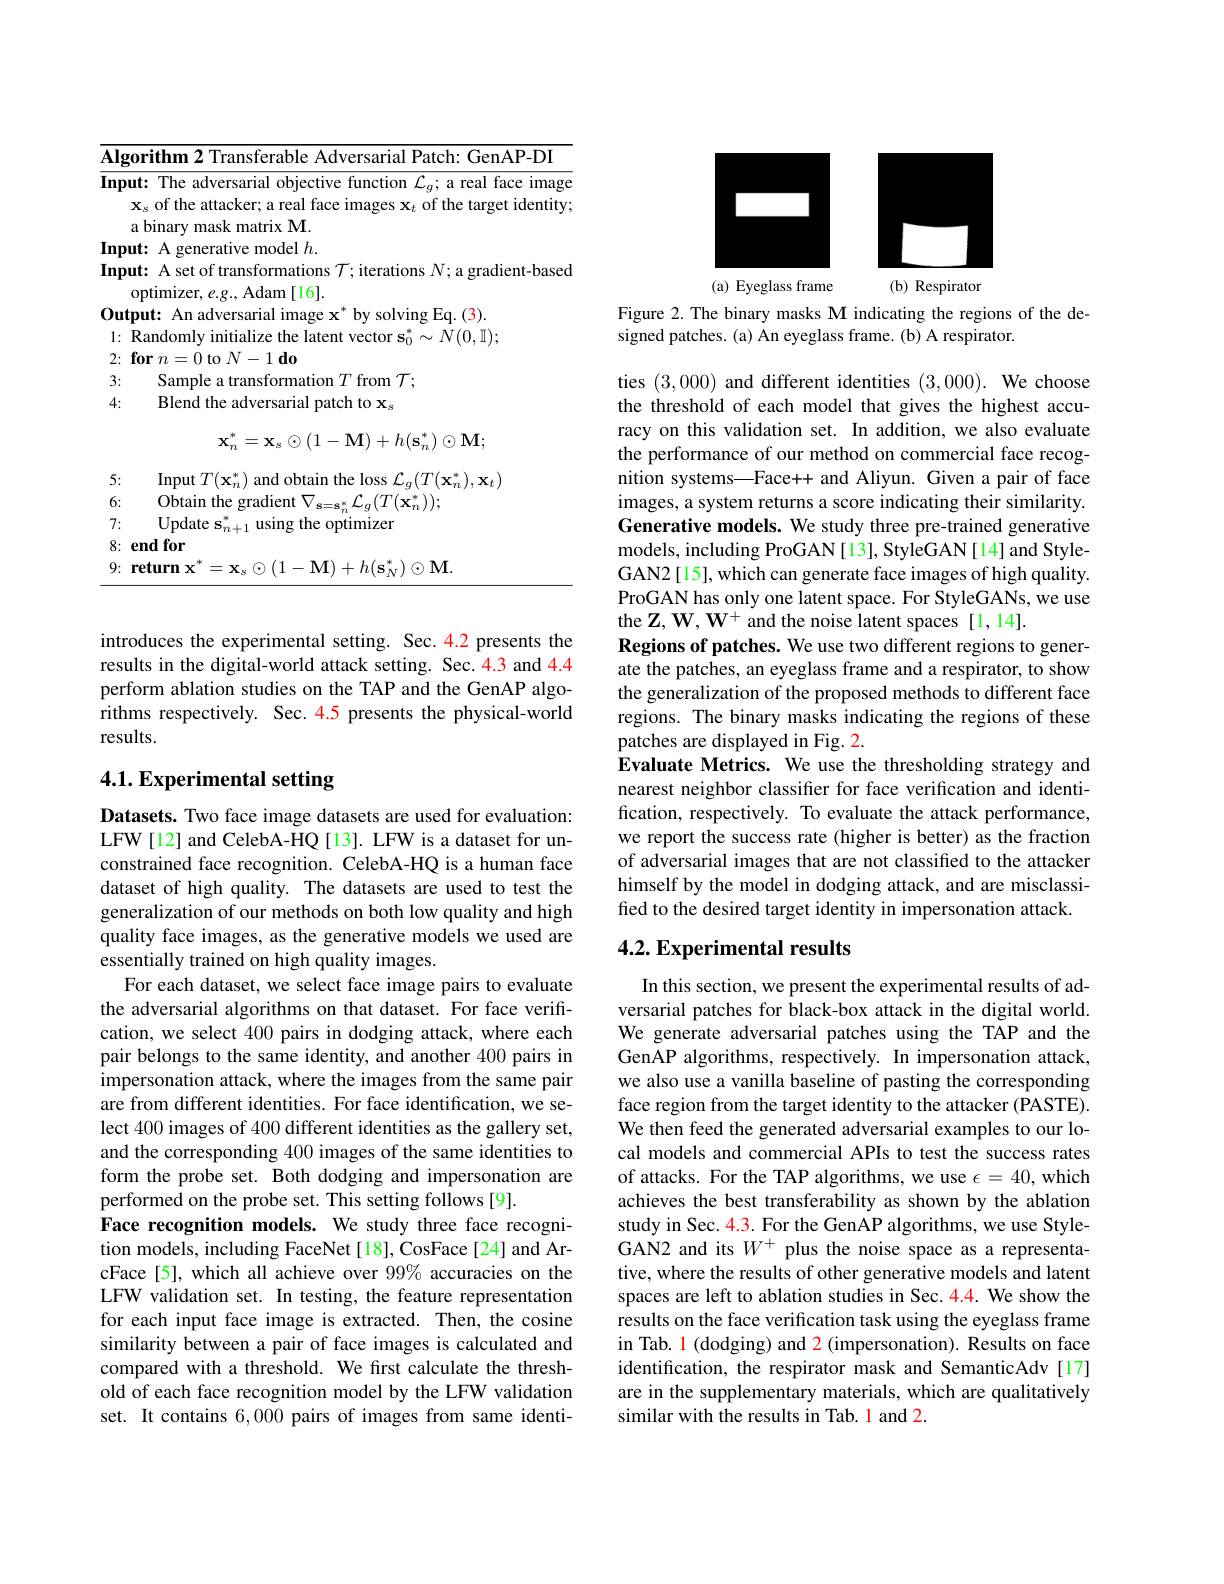
<table>
	<tbody>
		<tr>
			<td>$\overline{\mathbf{Alg}}$</td>
			<td>GenAP- DI 11hi</td>
		</tr>
		<tr>
			<td>$\overline{\mathbf{Inpu}}$</td>
			<td>image</td>
		</tr>
		<tr>
			<td> </td>
			<td>$\mathbf{x}_{s}$ of the attacker; a real face images $\mathbf{x}_t$ of the target identity a binary mask matrix M.</td>
		</tr>
		<tr>
			<td>$\textbf{In}$ $[npu$ 1</td>
			<td>model $h$</td>
		</tr>
		<tr>
			<td>Inpu</td>
			<td>ut: A set of transformations $\mathcal{T};$ iterations $N;$ a gradient-based optimizer, e. g. , Adam [ 16] . </td>
		</tr>
		<tr>
			<td>$0_{1}$ $1ut_{|}$ 1 1</td>
			<td> </td>
		</tr>
		<tr>
			<td>LIL 1</td>
			<td> </td>
		</tr>
		<tr>
			<td>2:</td>
			<td>$\textbf{for}n= 0$ to $N- 1\textbf{do}$</td>
		</tr>
		<tr>
			<td>3:</td>
			<td>Sample $\operatorname{from}\mathcal{T};$</td>
		</tr>
		<tr>
			<td>4:</td>
			<td>Blend the adversarial patch to $\mathbf{x}_{s}$</td>
		</tr>
		<tr>
			<td> </td>
			<td>$\mathbf{x}_{n}^{*}=\mathbf{x}_{s}\odot(1-\mathbf{M})+h(\mathbf{s}_{n}^{*})\odot\mathbf{M};$</td>
		</tr>
		<tr>
			<td>5:</td>
			<td>Input $(T^{\prime}(\mathbf{x}_{0}^{*}).\mathbf{x}_{t}$</td>
		</tr>
		<tr>
			<td>6:</td>
			<td>Obtain the ${\mathrm{a}}$ gradient $\nabla$ $\ast{\mathcal L}_{a}(T(\mathbf{x}_{n}^{\ast}));$ $2-\rho$</td>
		</tr>
		<tr>
			<td>7:</td>
			<td>$\mathbf{U}_{\mathrm{Ddate}}$ using the optimizer</td>
		</tr>
		<tr>
			<td>8:</td>
			<td>endfor</td>
		</tr>
		<tr>
			<td>9:</td>
			<td>$\mathbf{M})+h(\mathbf{s}^{*},)\odot\mathbf{M}$ $\mathbf{\varphi fmrn}$</td>
		</tr>
	</tbody>
</table>

introduces the experimental setting. Sec.4.2 presents the results in the digital-world attack setting. Sec.4.3 and 4.4 perform ablation studies on the TAP and the GenAP algorithms respectively. Sec. 4.5 presents the physical-world results.

## 4.1. Experimental setting

Datasets. Two face image datasets are used for evaluation: LFW[12] and CelebA-HQ [13]. LFW is a dataset for unconstrained face recognition. CelebA-HQ is a human face dataset of high quality. The datasets are used to test the generalization of our methods on both low quality and high quality face images, as the generative models we used are essentially trained on high quality images.
For each dataset, we select face image pairs to evaluate the adversarial algorithms on that dataset. For face verification, we select 400 pairs in dodging attack, where each pair belongs to the same identity, and another 400 pairs in impersonation attack, where the images from the same pair are from different identities. For face identification, we select 400 images of 400 different identities as the gallery set, and the corresponding 400 images of the same identities to form the probe set. Both dodging and impersonation are performed on the probe set. This setting follows[9].
Face recognition models. We study three face recognition models, including FaceNet[18], CosFace[24] and ArcFace[5], which all achieve over 99% accuracies on the LFW validation set. In testing, the feature representation for each input face image is extracted. Then, the cosine similarity between a pair of face images is calculated and compared with a threshold. We first calculate the threshold of each face recognition model by the LFW validation set. It contains 6,000 pairs of images from same identi-

<FigureHere>

Figure 2. The binary masks M indicating the regions of the de-
signed patches. (a) An eyeglass frame. (b) A respirator

ties (3,000) and different identities $( 3, 000) . \textbf{We choose}$ the threshold of each model that gives the highest accuracy on this validation set. In addition, we also evaluate the performance of our method on commercial face recognition systems—Face++ and Aliyun. Given a pair of face images, a system returns a score indicating their similarity. Generative models. We study three pre-trained generative models, including ProGAN[13], StyleGAN[14] and StyleGAN2[15], which can generate face images of high quality. ProGAN has only one latent space. For StyleGANs, we use the $\mathbf{Z},\mathbf{W},\mathbf{W}^{+}$ and the noise latent spaces [1,14].
Regions of patches. We use two different regions to generate the patches, an eyeglass frame and a respirator, to show the generalization of the proposed methods to different face regions. The binary masks indicating the regions of these patches are displayed in Fig. 2.
Evaluate Metrics. We use the thresholding strategy and nearest neighbor classifier for face verification and identification, respectively. To evaluate the attack performance, we report the success rate (higher is better) as the fraction of adversarial images that are not classified to the attacker himself by the model in dodging attack, and are misclassified to the desired target identity in impersonation attack

### 4.2. Experimental results

In this section, we present the experimental results of adversarial patches for black-box attack in the digital world. We generate adversarial patches using the TAP and the GenAP algorithms, respectively. In impersonation attack, we also use a vanilla baseline of pasting the corresponding face region from the target identity to the attacker (PASTE). We then feed the generated adversarial examples to our local models and commercial APIs to test the success rates of attacks. For the TAP algorithms, we use $\epsilon=40$, which achieves the best transferability as shown by the ablation study in Sec. 4.3. For the GenAP algorithms, we use StyleGAN2 and its $W^+$ plus the noise space as a representative, where the results of other generative models and latent spaces are left to ablation studies in Sec. 4.4. We show the results on the face verification task using the eyeglass frame in Tab. $\color{red}1$ (dodging) and 2 (impersonation). Results on face identification, the respirator mask and SemanticAdv [17] are in the supplementary materials, which are qualitatively similar with the results in Tab. 1 and 2.